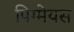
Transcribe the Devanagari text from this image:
पिग्मेयस